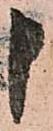
申